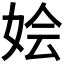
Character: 𫰢